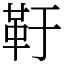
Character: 䩒